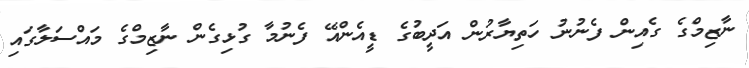
ނާޒިމްގެ ގެއިން ފެނުނު ހަތިޔާރުން އަދީބުގެ ޑީއެންއޭ ފެނުމާ ގުޅިގެން ނާޒިމްގެ މައްސަލާގައި